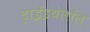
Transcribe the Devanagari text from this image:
ट्राईइथेलॉल